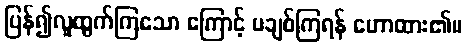
ပြန်၍လူထွက်ကြသော ကြောင့် မချစ်ကြရန် ဟောထား၏။